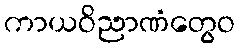
ကာယဝိညာဏံတွေဝ